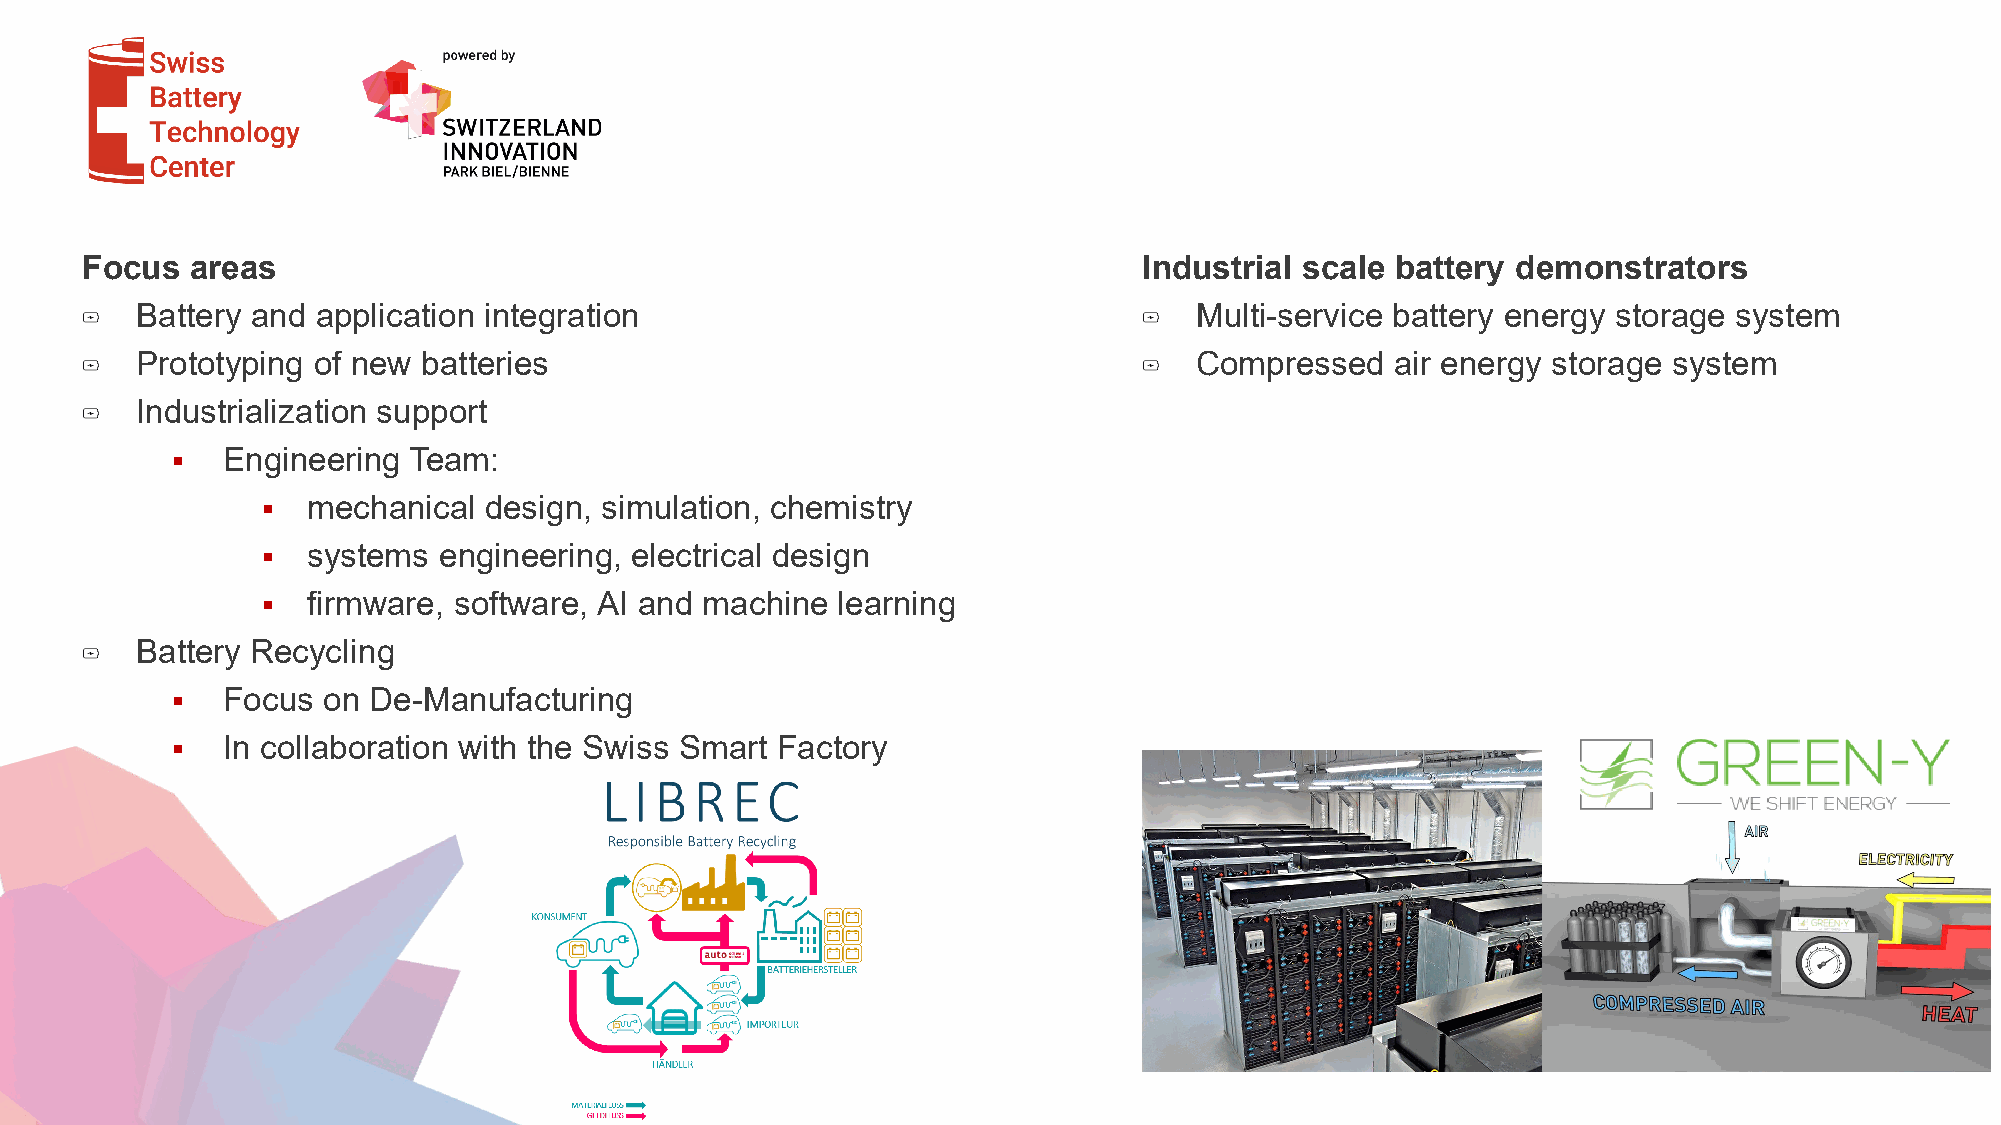
Focus   areas                                                          Industrial scale battery demonstrators
 Battery and application integration                                   Multi-service battery energy storage system
 Prototyping of new batteries                                          Compressed   air energy storage system
 Industrialization support
    Engineering Team:
   mechanical  design, simulation, chemistry
   systems  engineering, electrical design
   firmware, software, AI and machine learning
 Battery Recycling
    Focus on De-Manufacturing
    In collaboration with the Swiss Smart Factory
 Seite 22
 Copyright 2020 iBAT | Page 22                      www.ibat.swiss●info@ibat.swiss